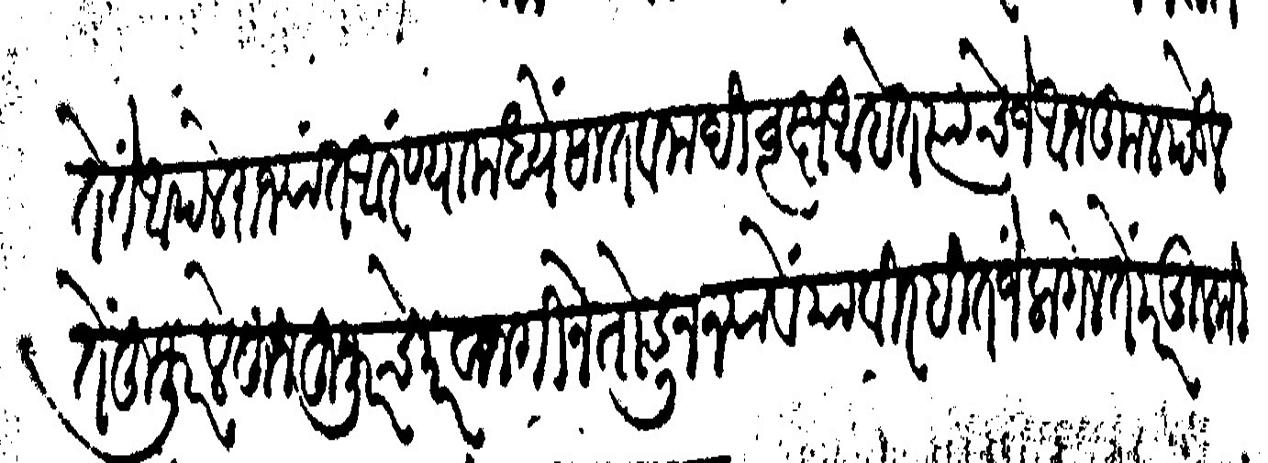
Transliteration (Devanagari): लागते ते आपले राज्यात आरण्यामध्यें सातवानादी वृक्ष आहेत त्याचें जे आनकूल पडेल तें हूजूर लेहून हूजूरचे परवानगीने तोडून न्यावे यावीरहीत जे लागेल ते पर मूलकीहून